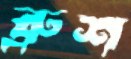
ব্রুশ